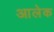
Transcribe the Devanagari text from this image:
आलेक